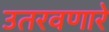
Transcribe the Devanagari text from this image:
उतरवणारे